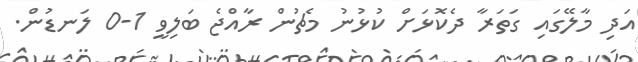
އަދި މާލޭގައި ގަތަރާ ދެކޮޅަށް ކުޅުނު މެޗުން ރާއްޖެ ބަލިވީ 1-0 ލަނޑުން.